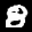
Label: 8